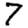
Digit: 7